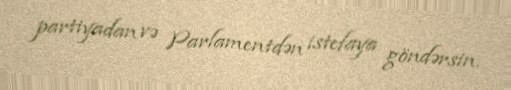
partiyadan və Parlamentdən istefaya göndərsin.